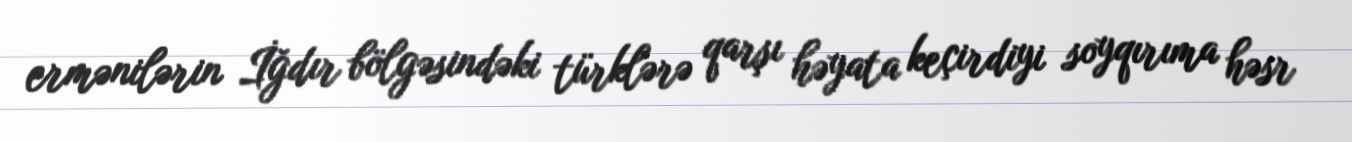
ermənilərin İğdır bölgəsindəki türklərə qarşı həyata keçirdiyi soyqırıma həsr